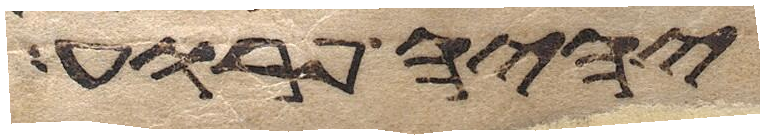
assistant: יהיה פרוע